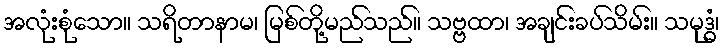
အလုံးစုံသော။ သရိတာနာမ၊ မြစ်တို့မည်သည်။ သဗ္ဗထာ၊ အချင်းခပ်သိမ်း။ သမုဒ္ဓံ၊